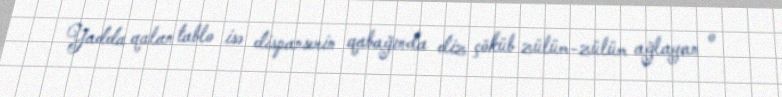
Yadda qalan tablo isə dispanserin qabağında diz çöküb zülüm-zülüm ağlayan o